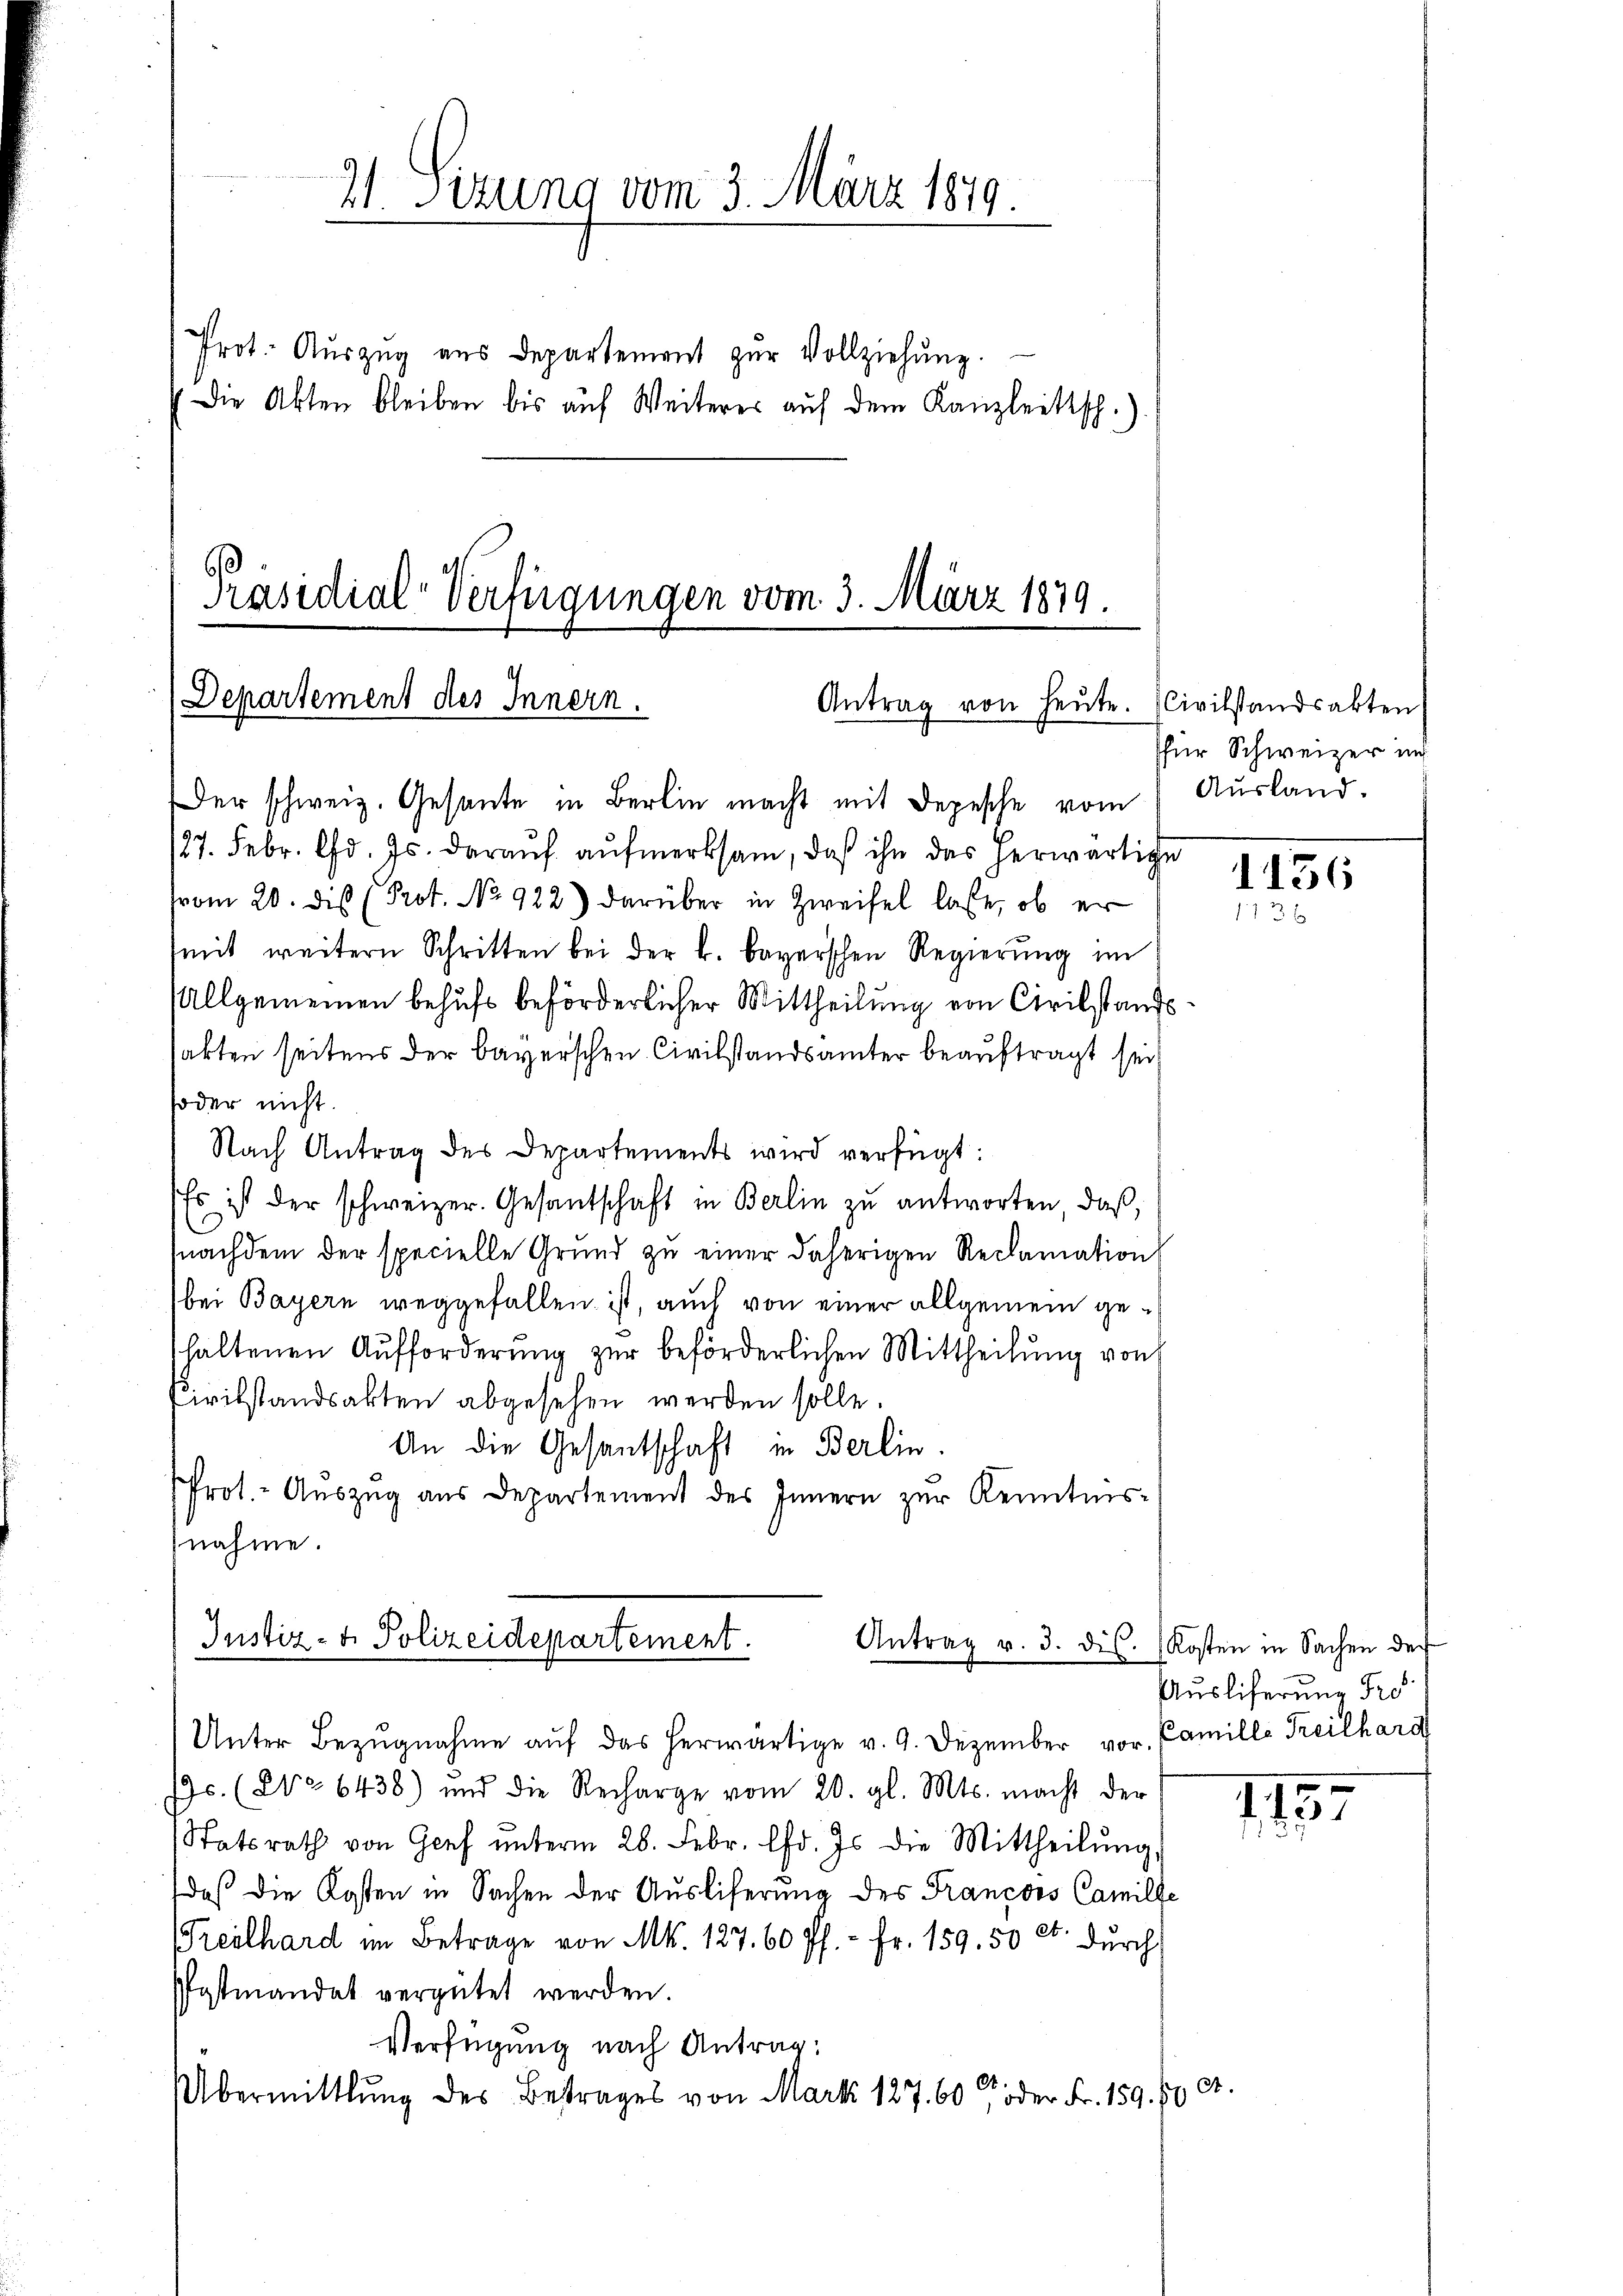
Prot. Aŭszŭg aŭs Departement zŭr Vollziehŭng.
Die Akten bleiben bis auf Weiteres auf dem Kanzleitsch.)

21 Sizung vom 3. März 1879

Präsidial-Verfügungen vom 3. März 1879.
Departement des Innern.
Antrag von heute.

Der schweiz. Gesante in Berlin macht mit Depesche vom
/27. Febr. d. Js. daraŭf aŭfmerksam, daß ihn das herwärtige
vom 20. dis (Prot. No 922) darüber in Zweifel lasse, ob er
mit weitern Schritten bei der k. bayerschen Regierŭng im
Allgemeinen behufs beförderlicher Mittheilung von Civilstands
sakten seitens der bayerschen Civilstandsamter beauftragt sei,
soder nicht.
Nach Antrag des Departements wird verfügt:
Es ist der schweizer. Gesantschaft in Berlin zŭ antworten, daβ,
nachdem der specielle Grund zu einer daherigen Reclamation
bei Bayern weggefallen ist, auch von einer allgemein gehaltenen Aufforderung zur beförderlichen Mittheilung von
Civilstandsakten abgesehen werden solle.
An die Gesantschaft in Berlin.
Prot. - Aŭszŭg aŭs Departement des Innern zur Kenntnis-
nahme.

Justiz- & Polizeidepartement.

Antrag v. 3. ds. Kosten in Sachen der

Civilstandsakten
für Schweizer und
Ausland.

Unter Bezŭgnahme aŭf das herwärtige v. 9. Dezember vor. Camille Teilhard
s. (No 6438) und die Recharge vom 20. gl. Mts. macht der
Statsrath von Genf ŭnterm 26. Febr. lfd. Js. die Mittheilŭng,
daß die Kosten in Sachen der Ausliferung des Francors Camilde
Freilhard im Betrage von Mk. 127. 60 Pf. - Fr. 159, 50 et dŭrch
Patmandat vergütet werden.
Verfügung nach Antrag:
A.
Übermittlung des Betrages von Mark 127. 60 oder Fr. 159. 50

1156
113 x

Auslieferung Pro

1157